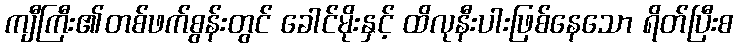
ကျီကြီး၏တစ်ဖက်စွန်းတွင် ခေါင်မိုးနှင့် ထိလုနီးပါးဖြစ်နေသော ရိတ်ပြီးစ